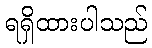
ရရှိထားပါသည်